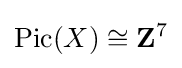
\operatorname {Pic} (X)\cong \mathbf {Z} ^{7}